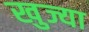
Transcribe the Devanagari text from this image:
खुज्या